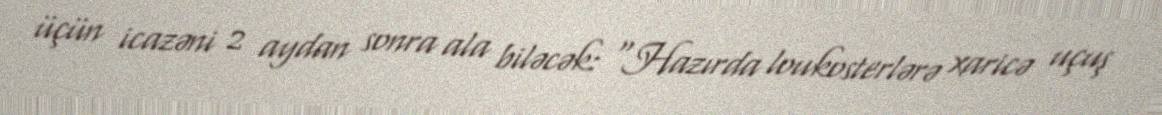
üçün icazəni 2 aydan sonra ala biləcək: "Hazırda loukosterlərə xaricə uçuş